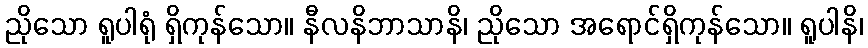
ညိုသော ရူပါရုံ ရှိကုန်သော။ နီလနိဘာသာနိ၊ ညိုသော အရောင်ရှိကုန်သော။ ရူပါနိ၊